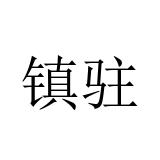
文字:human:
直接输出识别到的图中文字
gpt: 镇驻